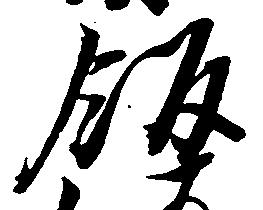
飯